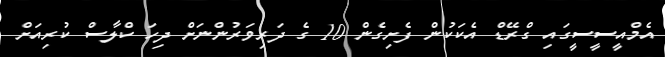
އެމްއީސީސީގައި ގްރޭޑް އެކަކުން ފެށިގެން 10 ގެ ދަރިވަރުންނަށް ދިހަ ކްލާސް ކުރިއަށް